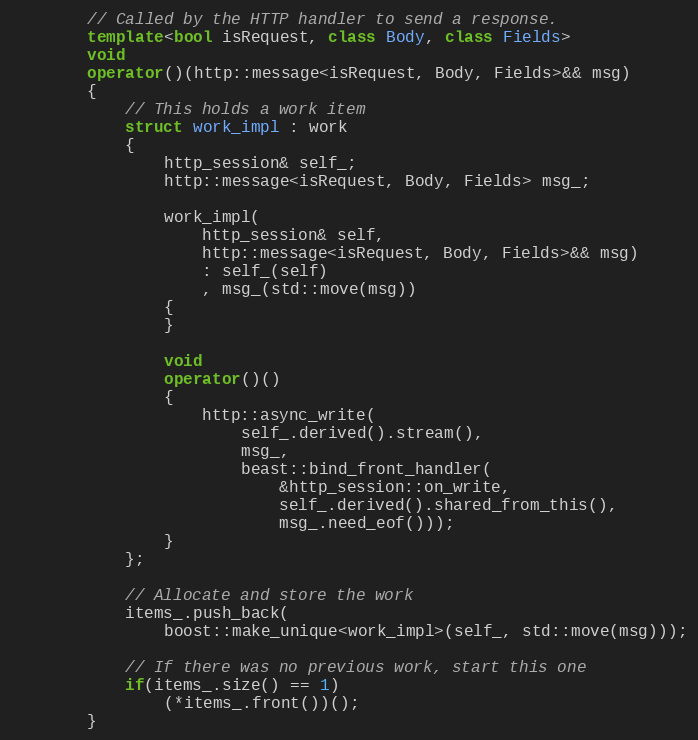
Language: C++
        // Called by the HTTP handler to send a response.
        template<bool isRequest, class Body, class Fields>
        void
        operator()(http::message<isRequest, Body, Fields>&& msg)
        {
            // This holds a work item
            struct work_impl : work
            {
                http_session& self_;
                http::message<isRequest, Body, Fields> msg_;

                work_impl(
                    http_session& self,
                    http::message<isRequest, Body, Fields>&& msg)
                    : self_(self)
                    , msg_(std::move(msg))
                {
                }

                void
                operator()()
                {
                    http::async_write(
                        self_.derived().stream(),
                        msg_,
                        beast::bind_front_handler(
                            &http_session::on_write,
                            self_.derived().shared_from_this(),
                            msg_.need_eof()));
                }
            };

            // Allocate and store the work
            items_.push_back(
                boost::make_unique<work_impl>(self_, std::move(msg)));

            // If there was no previous work, start this one
            if(items_.size() == 1)
                (*items_.front())();
        }